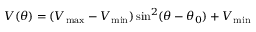
V ( \theta ) = ( V _ { \mathrm { m a x } } - V _ { \mathrm { m i n } } ) \sin ^ { 2 } ( \theta - \theta _ { 0 } ) + V _ { \mathrm { m i n } }